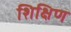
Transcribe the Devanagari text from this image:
शिक्षिण